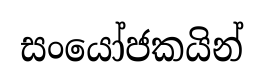
සංයෝජකයින්